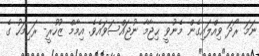
ނަމަ ރޯދަ ވިއްލައިގެން މެނުވީ ޙިޖާމާ ނުޖައްސަވައެވެ. އިމާމް ޒުހުރީ- ރަޙިމަހު ގެ